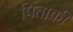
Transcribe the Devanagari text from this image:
पिताकी